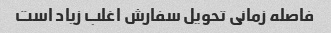
فاصله زمانی تحویل سفارش اغلب زیاد است